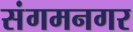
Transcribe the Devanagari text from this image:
संगमनगर